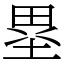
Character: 塁